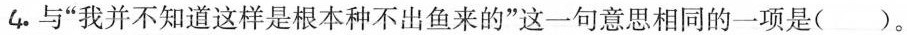
4. 与”我并不知道这样是根本种不出鱼来的”这一句意思相同的一项是()。